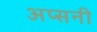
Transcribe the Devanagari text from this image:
अप्सनी